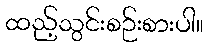
ထည့်သွင်းစဉ်းစားပါ။